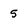
Character: 5